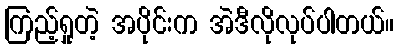
ကြည့်ရှုတဲ့ အပိုင်းက အဲဒီလိုလုပ်ပါတယ်။